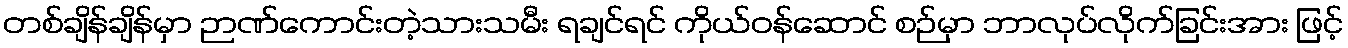
တစ်ချိန်ချိန်မှာ ဉာဏ်ကောင်းတဲ့သားသမီး ရချင်ရင် ကိုယ်ဝန်ဆောင် စဉ်မှာ ဘာလုပ်လိုက်ခြင်းအား ဖြင့်